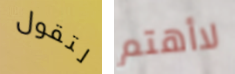
لتقول لاأهتم